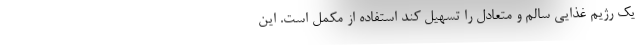
یک رژیم غذایی سالم و متعادل را تسهیل کند استفاده از مکمل است. این